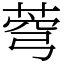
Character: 𦲄